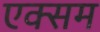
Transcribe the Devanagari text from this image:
एक्सम